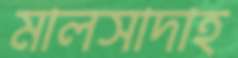
মালসাদাহ